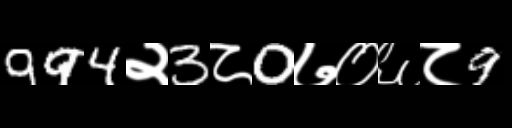
Text: 994२3८0७०६८9